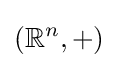
(\mathbb {R} ^{n},+)